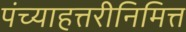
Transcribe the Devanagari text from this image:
पंच्याहत्तरीनिमित्त